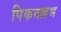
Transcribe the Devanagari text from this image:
पिकवल्लभ